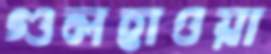
গুলহাওয়া